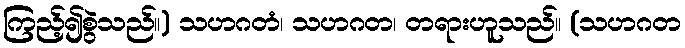
ကြည့်၍စွဲသည်။) သဟဂတံ၊ သဟဂတ၊ တရားဟူသည်။ (သဟဂတ